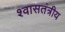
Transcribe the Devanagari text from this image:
श्वासतंत्रीय